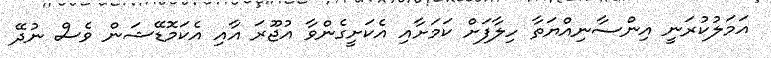
އަމަލުކުރަނީ އިންސާނިއްޔަތާ ހިލާފަށް ކަމަށާއި އެކަށީގެންވާ އުޖޫރަ އާއި އެކަމޮޑޭޝަން ވެސް ނުދޭ